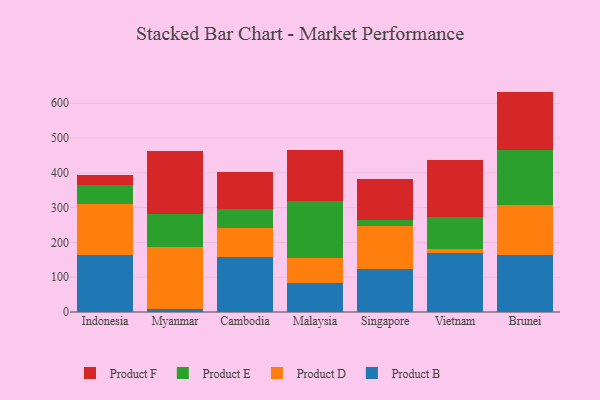
{"axis": {"x": "Country", "y": "Active Users"}, "legend": ["Product B", "Product D", "Product E", "Product F"], "data": [{"x": "Indonesia", "y": 164.0, "type": "Product B"}, {"x": "Indonesia", "y": 146.8, "type": "Product D"}, {"x": "Indonesia", "y": 55.2, "type": "Product E"}, {"x": "Indonesia", "y": 28.8, "type": "Product F"}, {"x": "Myanmar", "y": 9.7, "type": "Product B"}, {"x": "Myanmar", "y": 175.9, "type": "Product D"}, {"x": "Myanmar", "y": 96.9, "type": "Product E"}, {"x": "Myanmar", "y": 179.3, "type": "Product F"}, {"x": "Cambodia", "y": 158.5, "type": "Product B"}, {"x": "Cambodia", "y": 83.6, "type": "Product D"}, {"x": "Cambodia", "y": 53.8, "type": "Product E"}, {"x": "Cambodia", "y": 106.6, "type": "Product F"}, {"x": "Malaysia", "y": 84.3, "type": "Product B"}, {"x": "Malaysia", "y": 70.7, "type": "Product D"}, {"x": "Malaysia", "y": 163.4, "type": "Product E"}, {"x": "Malaysia", "y": 147.3, "type": "Product F"}, {"x": "Singapore", "y": 124.2, "type": "Product B"}, {"x": "Singapore", "y": 124.2, "type": "Product D"}, {"x": "Singapore", "y": 15.1, "type": "Product E"}, {"x": "Singapore", "y": 117.7, "type": "Product F"}, {"x": "Vietnam", "y": 168.7, "type": "Product B"}, {"x": "Vietnam", "y": 12.9, "type": "Product D"}, {"x": "Vietnam", "y": 90.9, "type": "Product E"}, {"x": "Vietnam", "y": 164.0, "type": "Product F"}, {"x": "Brunei", "y": 163.3, "type": "Product B"}, {"x": "Brunei", "y": 143.2, "type": "Product D"}, {"x": "Brunei", "y": 160.3, "type": "Product E"}, {"x": "Brunei", "y": 166.8, "type": "Product F"}]}